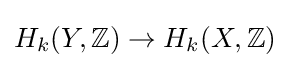
H_{k}(Y,\mathbb {Z} )\rightarrow H_{k}(X,\mathbb {Z} )